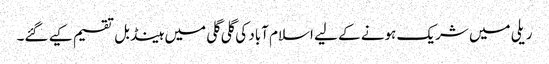
ریلی میں شریک ہونے کے لیے اسلام آباد کی گلی گلی میں ہینڈ بل تقسیم کیے گئے۔